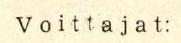
Voittajat: